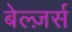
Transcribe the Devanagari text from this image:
बेल्ज़र्स